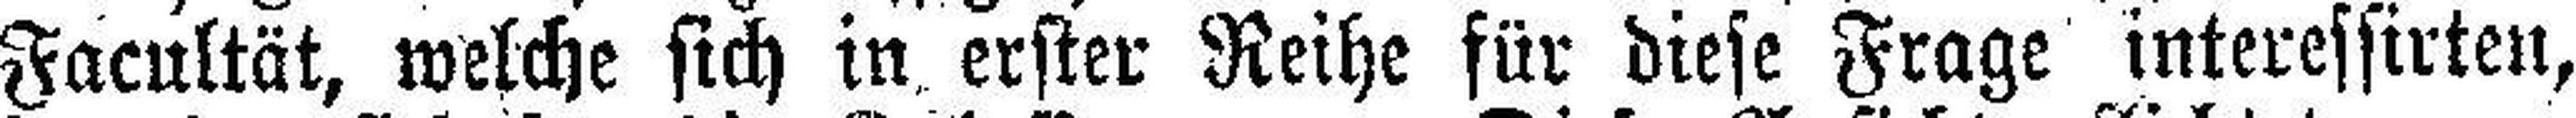
Facultät, welche sich in erster Reihe für diese Frage interessirten,